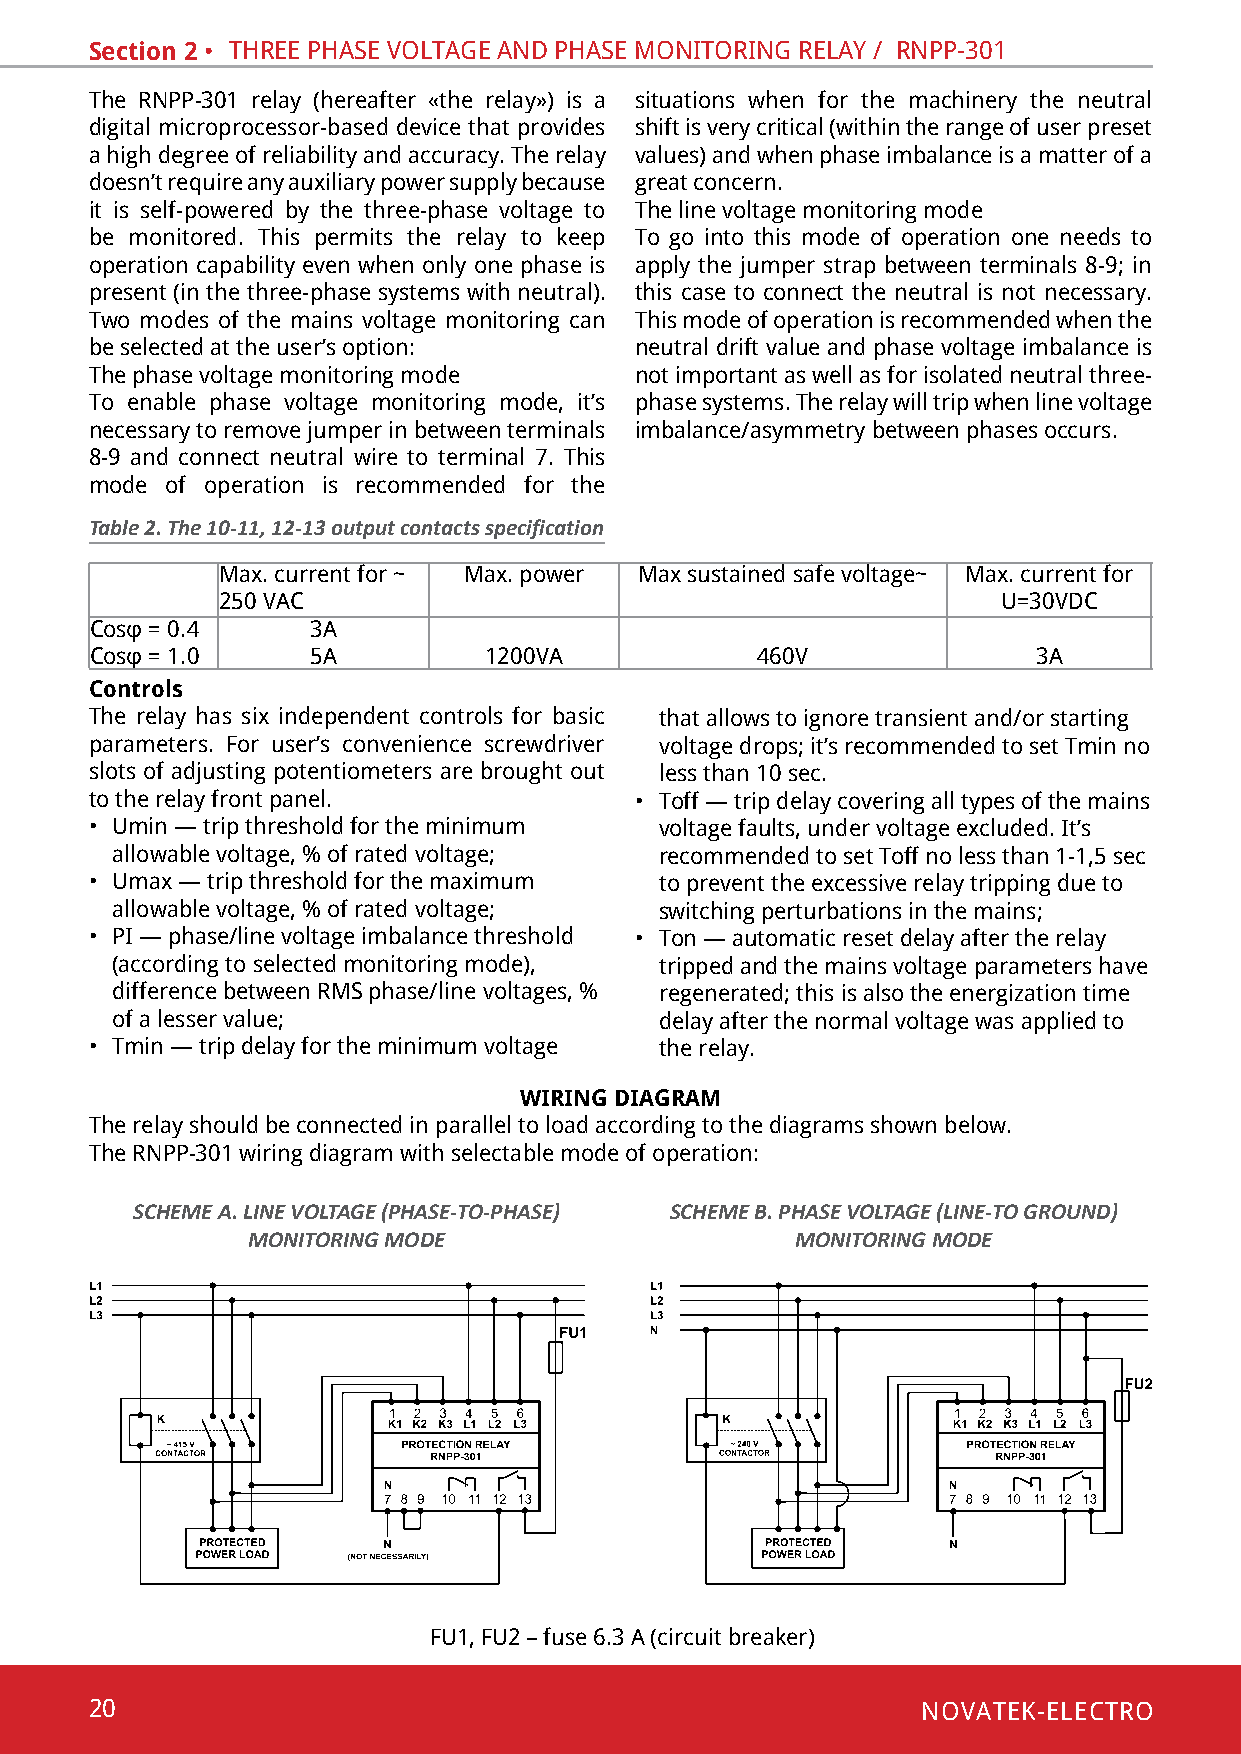
Section 2 • thRee phase voltaGe and phase monitoRinG RelaY / Rnpp-301
 the Rnpp-301 relay (hereafter «the relay») is a situations when for the machinery the neutral
 digital microprocessor-based device that provides shift is very critical (within the range of user preset
 a high degree of reliability and accuracy. the relay values) and when phase imbalance is a matter of a
 doesn’t require any auxiliary power supply because great concern.
 it is self-powered by the three-phase voltage to the line voltage monitoring mode
 be monitored. this permits the relay to keep to go into this mode of operation one needs to
 operation capability even when only one phase is apply the jumper strap between terminals 8-9; in
 present (in the three-phase systems with neutral). this case to connect the neutral is not necessary.
 two modes of the mains voltage monitoring can this mode of operation is recommended when the
 be selected at the user’s option:   neutral drift value and phase voltage imbalance is
 the phase voltage monitoring mode   not important as well as for isolated neutral three-
 to enable phase voltage monitoring mode, it’s phase systems. the relay will trip when line voltage
 necessary to remove jumper in between terminals imbalance/asymmetry between phases occurs.
 8-9 and connect neutral wire to terminal 7. this
 mode of operation is recommended for the
 Table 2. The 10-11, 12-13 output contacts specification
 Max. current for ~ Max. power Max sustained safe voltage~ Max. current for
 250 vac                                            u=30vdc
 Cosφ = 0.4     3a
 Cosφ = 1.0     5a         1200va            460v               3a
 Controls
 The relay has six independent controls for basic that allows to ignore transient and/or starting
 parameters. for user’s convenience screwdriver voltage drops; it’s recommended to set tmin no
 slots of adjusting potentiometers are brought out less than 10 sec.
 to the relay front panel.           • toff — trip delay covering all types of the mains
 • umin — trip threshold for the minimum voltage faults, under voltage excluded. It’s
 allowable voltage, % of rated voltage; recommended to set toff no less than 1-1,5 sec
 • Umax — trip threshold for the maximum to prevent the excessive relay tripping due to
 allowable voltage, % of rated voltage; switching perturbations in the mains;
 • pi — phase/line voltage imbalance threshold • ton — automatic reset delay after the relay
 (according to selected monitoring mode), tripped and the mains voltage parameters have
 difference between Rms phase/line voltages, % regenerated; this is also the energization time
 of a lesser value;                   delay after the normal voltage was applied to
 • tmin — trip delay for the minimum voltage the relay.
 WIRING DIAGRAM
 the relay should be connected in parallel to load according to the diagrams shown below.
 the Rnpp-301 wiring diagram with selectable mode of operation:
 SCHEME A. LINE VOLTAGE (PHASE-TO-PHASE) SCHEME B. PHASE VOLTAGE (LINE-TO GROUND)
 MONITORING MODE                      MONITORING MODE
 fu1, fu2 – fuse 6.3 a (circuit breaker)
 20                                                     NOVATEK-ELECTRO